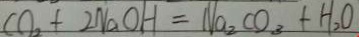
C O _ { 2 } + 2 N a O H = N a _ { 2 } C O _ { 3 } + H _ { 2 } O